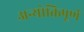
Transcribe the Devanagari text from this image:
अन्योक्तिपूर्ण